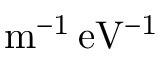
\mathrm { { m ^ { - 1 } \, e V ^ { - 1 } } }